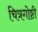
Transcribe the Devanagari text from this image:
चित्रगोष्टी